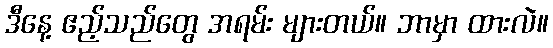
ဒီနေ့ ဧည့်သည်တွေ အရမ်း များတယ်။ ဘာမှာ ထားလဲ။